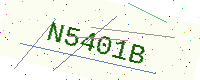
Text: N5401B